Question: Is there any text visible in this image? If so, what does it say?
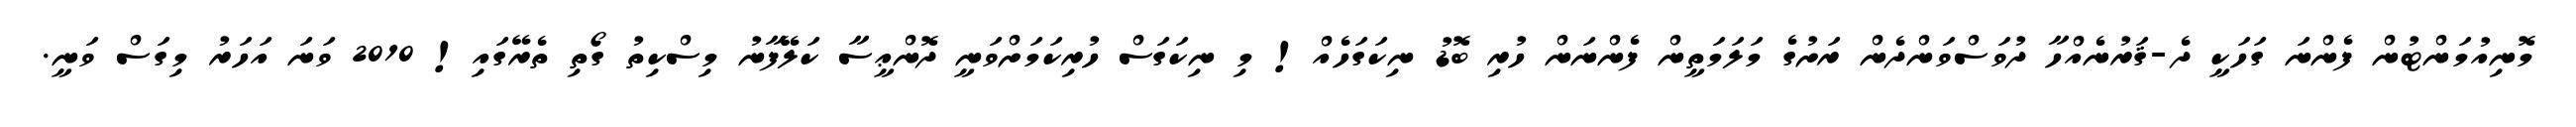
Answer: މޮނިއުމަންޓުން ފެންނަ ގަހަކީ ދެ-ޤަރުނެއްހާ ދުވަސްވަންދެން ރަށުގެ މަލަމަތީން ފެންނަން ހުރި ބޮޑު ނިކަގަހެއް! މި ނިކަގަސް ހުރިކަމަށްވަނީ ދޮންޢީސާ ކަލޭފާނު މިސްކިތު ގޯތި ތެރޭގައި! 2010 ވަނަ އަހަރު މިގަސް ވަނީ.